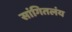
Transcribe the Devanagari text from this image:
सांगितलंय